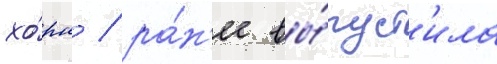
хо́рн / ра́н'ее вы́пуст'ила